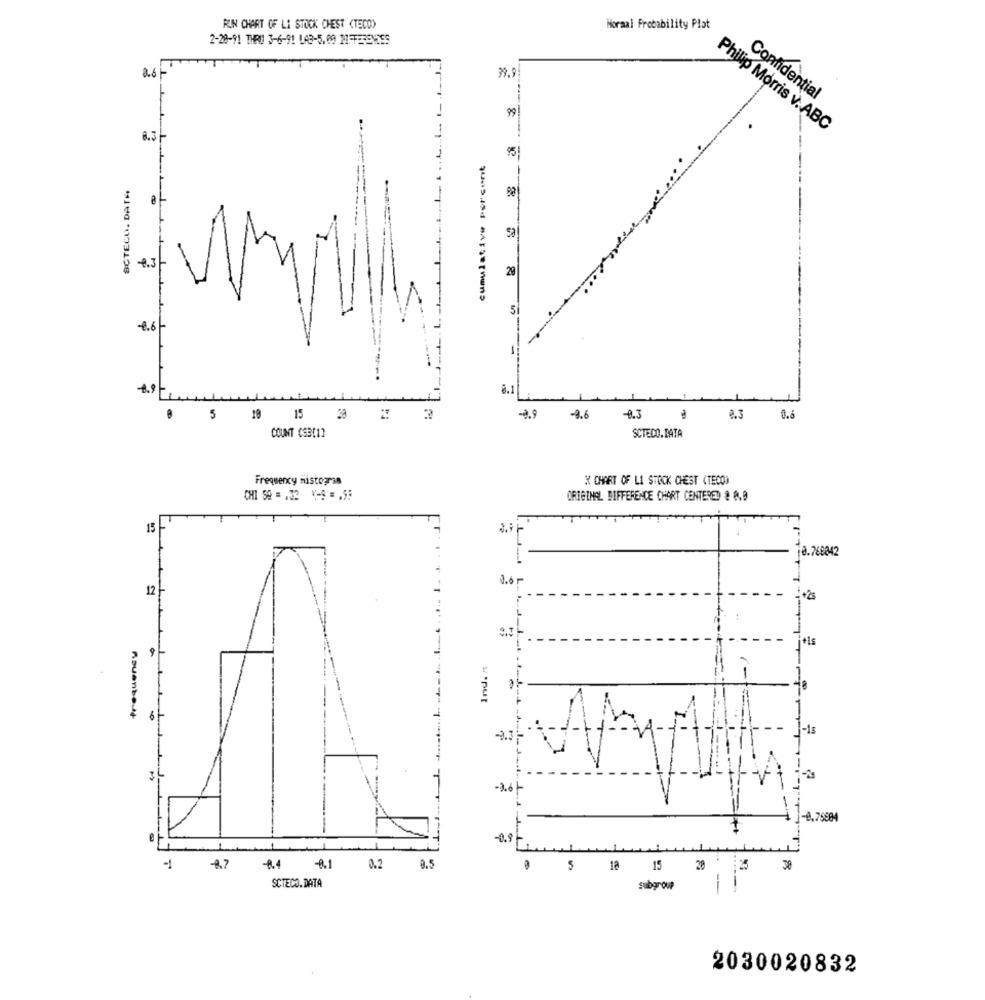
RUN CHART OF LI STOCK CHEST <TECO)
Moraal Probability Plot
2-20-91 THRUI 3-6-91 LAB-5.09 MI-FERENDES
2.6
39.9
Confidential
99
Philip Morris V. ABC
0.3-
95
BCTECL. DATA
0.3/-
29
5
4.6 -
===---
0.9
8.1
0 5 19 15 38 2 3
7.9
-9.6
4.3
A3
0.6
COUNT CSB[1]
SCTECO.BATA
Frequency mistogras
X CHART OF LI STOCK CHEST (TECO)
CHI SQ = 132 4-9 =. 55
ORIGINAL DIFFERENCE CHART CENTERED & B.B
15 -
8.768842
12
+25
L
9
+1s
Ind. #$
Asuenbout
6
-1s
3L
-2.6-
-0.75884
-0.8-
-8.4
-0.1
0.2
9.5
0 5 18 15
30 : 25 30
SCTECO. DATA
subgroup
2030020832